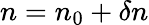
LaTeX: n=n_{0}+\delta n